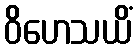
ဝိဟေသယိံ